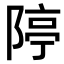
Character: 𨺱